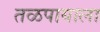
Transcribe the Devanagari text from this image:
तळपायाला